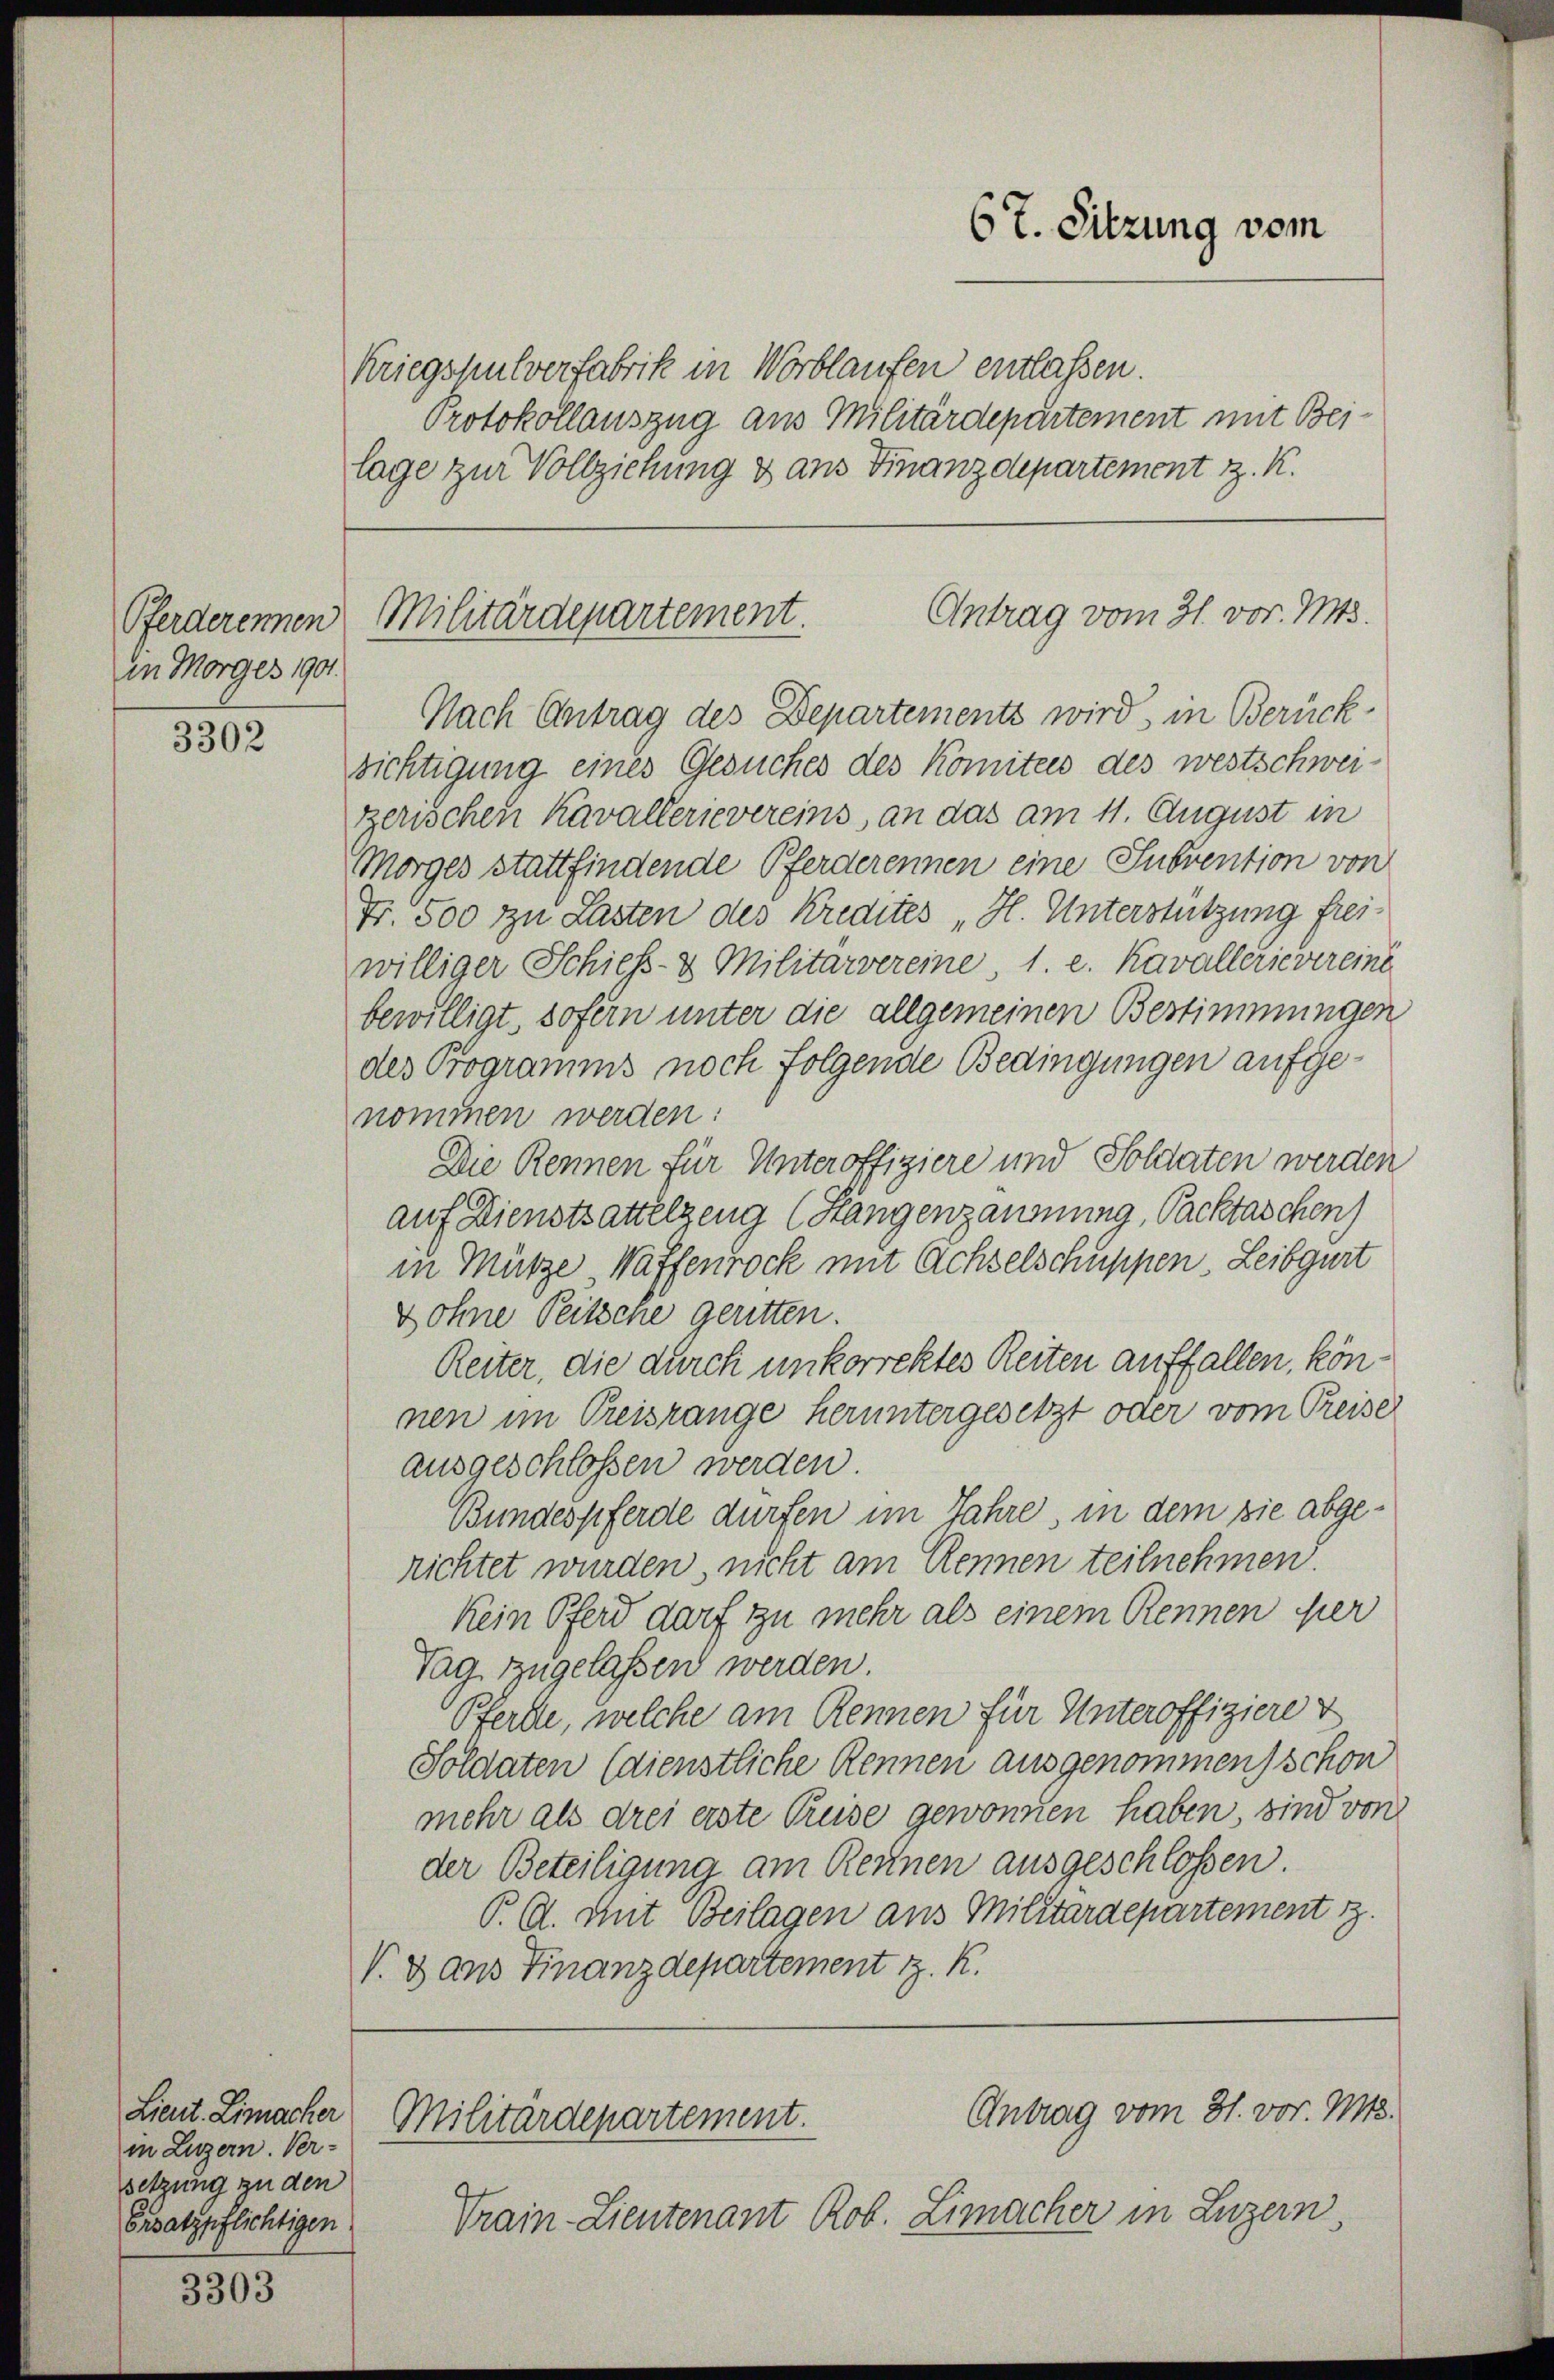
in Morges 1901.

3302

Lieut. Limacher
in Luzern. Ver-
setzung zu den
Ersatzpflichtigen

3303

Kriegshulverfabrik in Worblaufen entlassen.
Protokollauszug aus Militärdepartement mit Bei-
lage zur Vollziehung & aus Finanzdepartement z. K.

67. Sitzung vom

Antrag vom 31. vor. Mts.
Pferderennen Militärdepartement.

Nach Antrag des Departements wird, in Berücksichtigung eines Gesuches des Komitens des westschweizerischen Kavallerievereins, an das am 11. August in
Morges stattfindende Pferderennen eine Subvention von
Fr. 500 zu Lasten des Kredites „H. Unterstützung freiwilliger Schiess- & Militärvereine 1. e. Kavallerievereine
bewilligt, sofern unter die allgemeinen Bestimmungen
des Programms noch folgende Bedingungen aufgenommen werden:
Die Rennen für Unteroffiziere und Soldaten werden
auf Dienstsattelzeug (Hangenzäumung, Packtaschen)
in Mütze Waffenrock mit Achselschuppen Leibgurt
Dohne Peitsche geritten.
Reiter, die durch unkorrektes Reiten auffallen, können im Preisrange heruntergesetzt oder vom Preisei
ausgeschlossen werden.
Bundespferde dürfen im Jahre, in dem sie abgerichtet wurden nicht am Rennen teilnehmen.
kein Pferd darf zu mehr als einem Rennen per
Tag zugelassen werden.
Pferde, welche am Rennen für Unteroffiziere v
Soldaten (dienstliche Rennen ausgenommen schon
mehr als drei erste Preise gewonnen haben, sind von
der Beteiligung am Rennen ausgeschlossen
P. C. Mit Beilagen aus Militärdepartement 7.
V. dans Finanzdepartement z. K.
Antrag vom 31. vor. Mts.
Militärdepartement.
Train-Lieutenant Rob. Limacher in Luzern